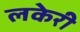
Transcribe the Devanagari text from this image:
लकेरी